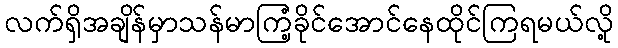
လက်ရှိအချိန်မှာသန်မာကြံ့ခိုင်အောင်နေထိုင်ကြရမယ်လို့